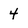
Character: 4